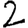
Digit: 2